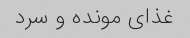
غذای مونده و سرد